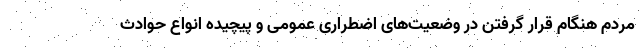
مردم هنگام قرار گرفتن در وضعیت‌های اضطراری عمومی و پیچیده انواع حوادث